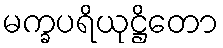
မက္ခပရိယုဋ္ဌိတော